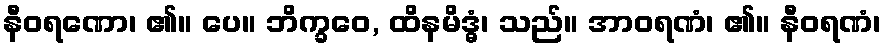
နီဝရဏော၊ ၏။ ပေ။ ဘိက္ခဝေ, ထိနမိဒ္ဓံ၊ သည်။ အာဝရဏံ၊ ၏။ နီဝရဏံ၊